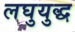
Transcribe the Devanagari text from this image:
लघुयुद्ध